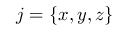
j = \{ x , y , z \}